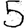
Digit: 5